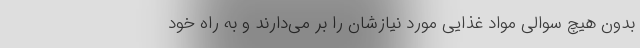
بدون هیچ سوالی مواد غذایی مورد نیازشان را بر می‌دارند و به راه خود